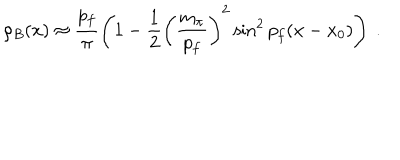
\rho _ { B } ( x ) \approx \frac { p _ { f } } { \pi } \left( 1 - \frac { 1 } { 2 } \left( \frac { m _ { \pi } } { p _ { f } } \right) ^ { 2 } \sin ^ { 2 } p _ { f } ( x - x _ { 0 } ) \right) \ .